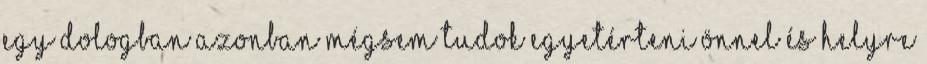
Egy dologban azonban mégsem tudok egyetérteni Önnel és helyre